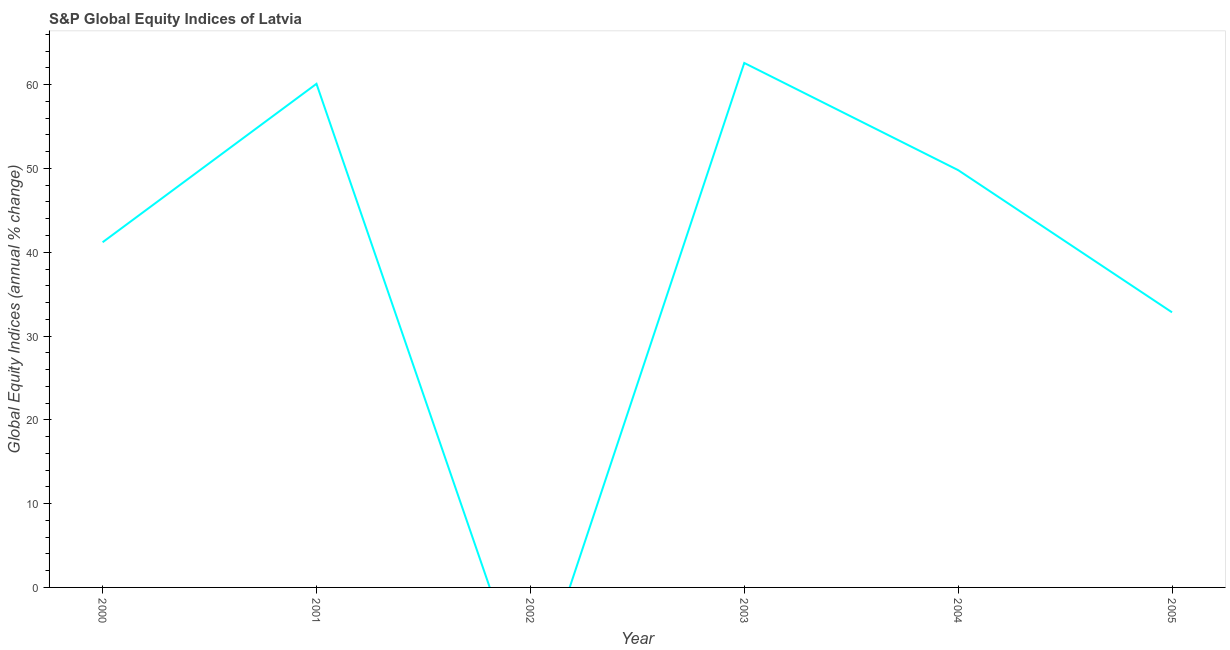
| Year | S&P Global Equity Indices |
 | --- | --- |
 | 2000 | 41.2 |
 | 2001 | 60.1 |
 | 2002 | -14.1 |
 | 2003 | 62.6 |
 | 2004 | 49.8 |
 | 2005 | 32.8 |